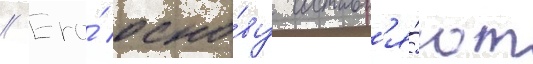
// Его́ осно́ву составл'я́ют